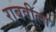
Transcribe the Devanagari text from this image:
राबवीला